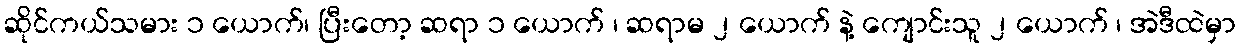
ဆိုင်ကယ်သမား ၁ ယောက်၊ ပြီးတော့ ဆရာ ၁ ယောက် ၊ ဆရာမ ၂ ယောက် နဲ့ ကျောင်းသူ ၂ ယောက် ၊ အဲဒီထဲမှာ